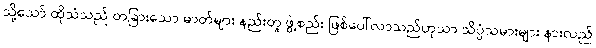
သို့သော် ထိုသံသည် တခြားသော ဓာတ်များ နည်းတူ ဖွဲ့စည်း ဖြစ်ပေါ်လာသည်ဟုသာ သိပ္ပံသမားများ နားလည်